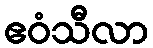
ဧဝံသီလာ